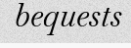
bequests